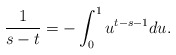
\begin{align*} \frac{1}{s-t} = -\int_0^1 u^{t-s-1} du.\end{align*}